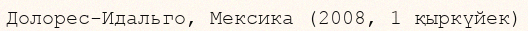
Долорес-Идальго, Мексика (2008, 1 қыркүйек)